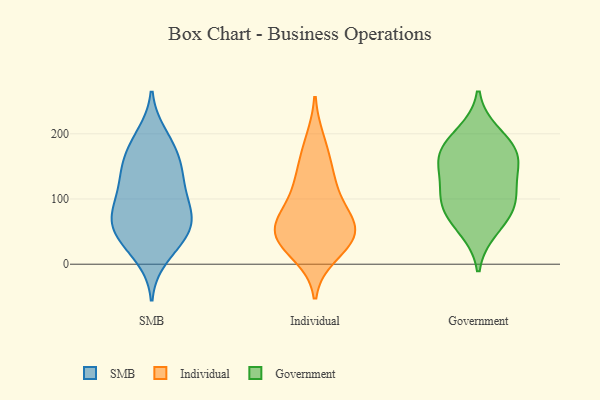
{"axis": {"x": "Market Share (%)", "y": "Value"}, "legend": ["Government", "Individual", "SMB"], "data": [{"x": "", "y": 126, "type": "SMB"}, {"x": "", "y": 10, "type": "SMB"}, {"x": "", "y": 84, "type": "SMB"}, {"x": "", "y": 136, "type": "SMB"}, {"x": "", "y": 93, "type": "SMB"}, {"x": "", "y": 131, "type": "SMB"}, {"x": "", "y": 50, "type": "SMB"}, {"x": "", "y": 57, "type": "SMB"}, {"x": "", "y": 193, "type": "SMB"}, {"x": "", "y": 58, "type": "SMB"}, {"x": "", "y": 107, "type": "SMB"}, {"x": "", "y": 164, "type": "SMB"}, {"x": "", "y": 85, "type": "SMB"}, {"x": "", "y": 199, "type": "SMB"}, {"x": "", "y": 62, "type": "SMB"}, {"x": "", "y": 28, "type": "SMB"}, {"x": "", "y": 66, "type": "SMB"}, {"x": "", "y": 161, "type": "SMB"}, {"x": "", "y": 163, "type": "SMB"}, {"x": "", "y": 33, "type": "SMB"}, {"x": "", "y": 40, "type": "Individual"}, {"x": "", "y": 62, "type": "Individual"}, {"x": "", "y": 155, "type": "Individual"}, {"x": "", "y": 117, "type": "Individual"}, {"x": "", "y": 71, "type": "Individual"}, {"x": "", "y": 16, "type": "Individual"}, {"x": "", "y": 51, "type": "Individual"}, {"x": "", "y": 40, "type": "Individual"}, {"x": "", "y": 188, "type": "Individual"}, {"x": "", "y": 73, "type": "Individual"}, {"x": "", "y": 123, "type": "Individual"}, {"x": "", "y": 35, "type": "Individual"}, {"x": "", "y": 149, "type": "Government"}, {"x": "", "y": 101, "type": "Government"}, {"x": "", "y": 76, "type": "Government"}, {"x": "", "y": 161, "type": "Government"}, {"x": "", "y": 167, "type": "Government"}, {"x": "", "y": 200, "type": "Government"}, {"x": "", "y": 179, "type": "Government"}, {"x": "", "y": 54, "type": "Government"}, {"x": "", "y": 93, "type": "Government"}, {"x": "", "y": 115, "type": "Government"}]}